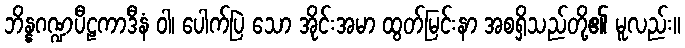
ဘိန္နဂဏ္ဍပီဠကာဒီနံ ဝါ၊ ပေါက်ပြဲ သော အိုင်းအမာ ထွတ်မြင်းနာ အစရှိသည်တို့၏ မူလည်း။